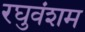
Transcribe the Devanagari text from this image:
रघुवंशम